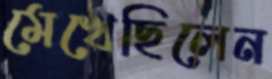
মেখেছিলেন